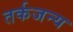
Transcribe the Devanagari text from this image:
तर्कजन्य